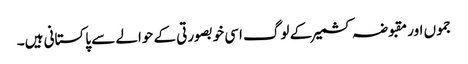
جموں اور مقبوضہ کشمیر کے لوگ اسی خوبصورتی کے حوالے سے پاکستانی ہیں۔